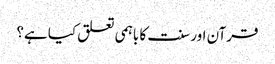
قرآن اور سنت کا باہمی تعلق کیا ہے؟